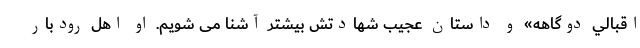
اقبالي دوگاهه» و داستان عجيب شهادتش بيشتر آشنا می شويم. او اهل رودبار